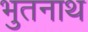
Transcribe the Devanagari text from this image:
भुतनाथ